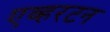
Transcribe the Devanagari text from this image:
एव्हरटन